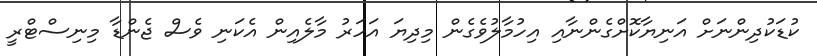
ކުޑަކުދިންނަށް އަނިޔާކޮށްގެންނާއި އިހުމާލުވެގެން މިދިޔަ އަހަރު މާލެއިން އެކަނި ވެސް ޖެންޑާ މިނިސްޓްރީ